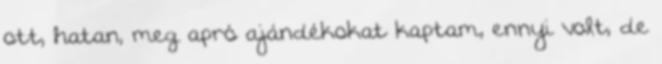
ott, hatan, meg apró ajándékokat kaptam, ennyi volt, de